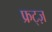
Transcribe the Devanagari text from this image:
फ्रट्ज़